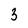
Character: 3